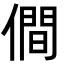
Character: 僴